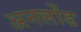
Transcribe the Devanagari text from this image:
अनलोंड